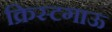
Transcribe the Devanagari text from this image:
क्रिस्टगाऊ